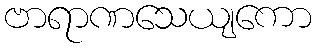
ဗာရာဏသေယျကော